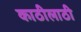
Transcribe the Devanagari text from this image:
काठीलाठी